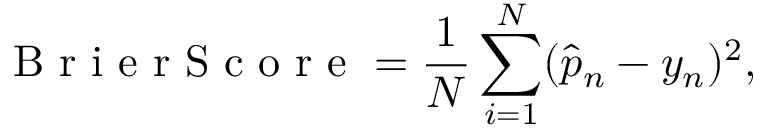
\mathrm { ~ B ~ r ~ i ~ e ~ r ~ S ~ c ~ o ~ r ~ e ~ } = \frac { 1 } { N } \sum _ { i = 1 } ^ { N } ( \hat { p } _ { n } - y _ { n } ) ^ { 2 } ,